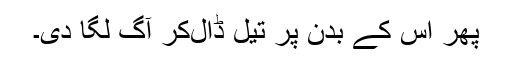
پھر اس کے بدن پر تیل ڈال‌کر آگ لگا دی۔